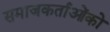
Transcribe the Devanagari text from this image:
समाजकर्ताओंको